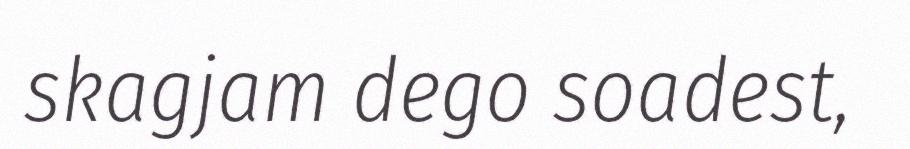
skagjam dego soadest,